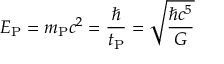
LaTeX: E _ { \mathrm { P } } = m _ { \mathrm { P } } c ^ { 2 } = { \frac { \hbar } { t _ { \mathrm { P } } } } = { \sqrt { \frac { \hbar c ^ { 5 } } { G } } }